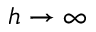
h \to \infty